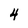
Character: 4